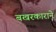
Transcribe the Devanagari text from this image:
बखरकाराने